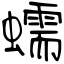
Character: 蠕